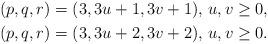
LaTeX: \begin{gather*}(p,q,r)=(3,3u+1,3v+1),\, u,v\geq 0,\\(p,q,r)=(3,3u+2,3v+2),\, u,v\geq 0.\end{gather*}